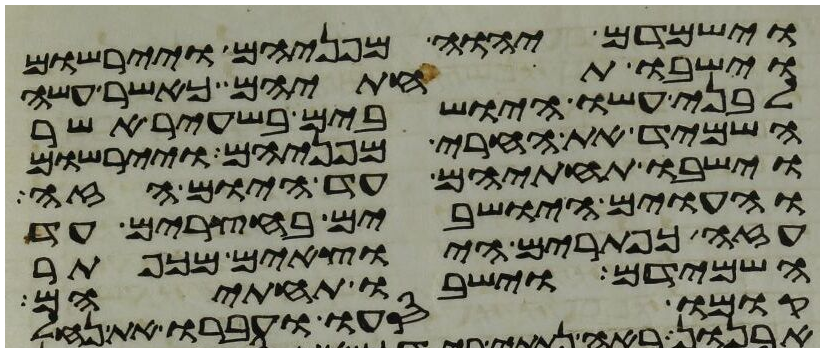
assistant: וישמדם יהוה מפניהם ויירשום
וישבו תחתיהם כאשר עשה
לבני עשו הישבים בשעיר אשר
השמיד את החרי מפניהם ויירשום
וישבו תחתיהם עד היום הזה
והעוים הישבים בחצרים עד
עזה כפתרים היוצאים מכפתר
השמידם וישבו תחתם
קומו סעו ועברו את נחל